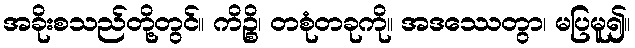
အခိုးစသည်တို့တွင်။ ကိဉ္စိ၊ တစုံတခုကို။ အဒဿေတွာ၊ မပြမူ၍။